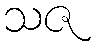
သဇ